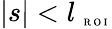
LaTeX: |s|<l_{\mathrm{~\tiny~R~O~I~}}